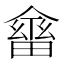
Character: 𠏇